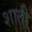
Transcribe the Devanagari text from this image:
शाती